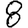
Digit: 8